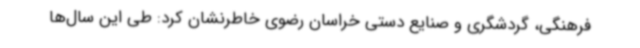
فرهنگی، گردشگری و صنایع دستی خراسان رضوی خاطرنشان کرد: طی این سال‌ها